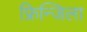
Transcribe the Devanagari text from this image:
फ्रिन्जिला